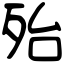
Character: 殆